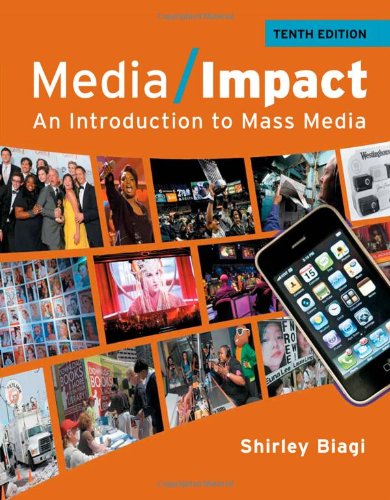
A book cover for Media Impact: An Introduction to Mass Media (Wadsworth Series in Mass Communication and Journalism: General Mass Communication); Shirley Biagi; Business & Money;